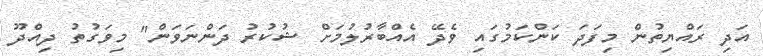
އަދި ރައްޔިތުން މިފަދަ ކަންކަމުގައި ވެދޭ އެއްބާރުލުމަށް ޝުކުރު ދަންނަވަން" މިވަގުތު ދިއްދޫ